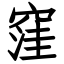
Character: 窪